Report on plague and inoculation in the Punjab from October 1st ... to September 30th..., being the ... season of plague in the province
Disease focus: Plague
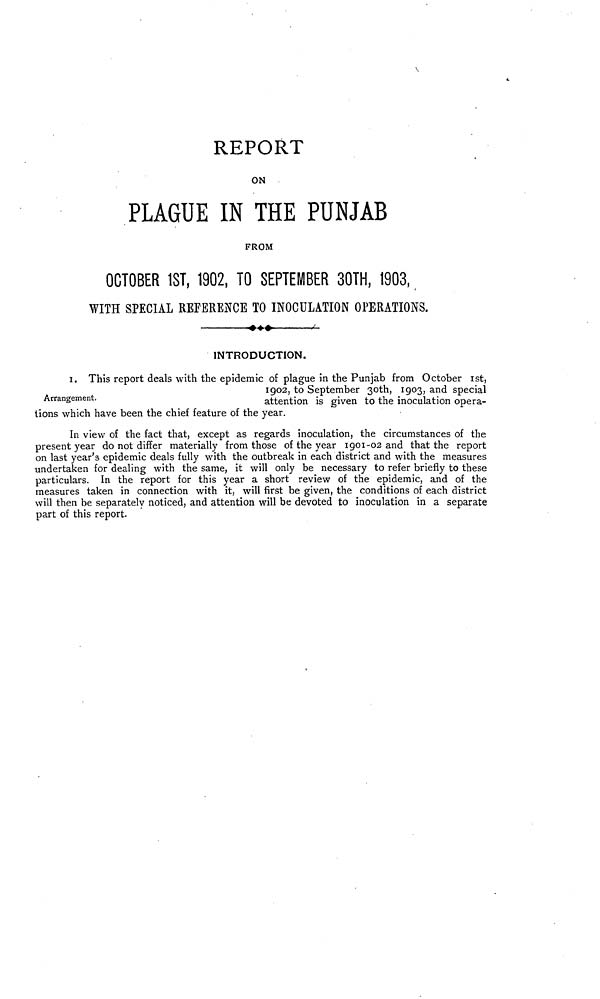
REPORT
ON
PLAGUE IN THE PUNJAB
FROM
OCTOBER 1ST, 1902, TO SEPTEMBER 30TH, 1903,
WITH SPECIAL REFERENCE TO INOCULATION OPERATIONS.
INTRODUCTION.
Arrangement.
1. This report deals with the epidemic of plague in the Punjab from October ist,
1902, to September 30th, 1903, and special
attention is given to the inoculation operas
tions which have been the chief feature of the year.
In view of the fact that, except as regards inoculation, the circumstances of the
present year do not differ materially from those of the year 1901-02 and that the report
on last year's epidemic deals fully with the outbreak in each district and with the measures
undertaken for dealing with the same, it will only be necessary to refer briefly to these
particulars. In the report for this year a short review of the epidemic, and of the
measures taken in connection with it, will first be given, the conditions of each district
will then be separately noticed, and attention will be devoted to inoculation in a separate
part of this report.